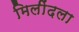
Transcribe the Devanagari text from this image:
मिलींदला